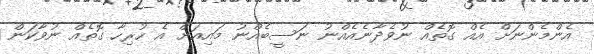
އެންމެންނަށް އެއް ގޮތެއް ނުވެދާނެއެއްނު ނަސީބެއްނު މައިއަށް އެ ހުރިހާ ގޮތެއް ނުވާކަން